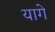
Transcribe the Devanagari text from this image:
यागे